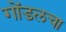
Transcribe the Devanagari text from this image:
गोंडलचा